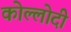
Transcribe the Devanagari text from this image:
कोल्लोदी